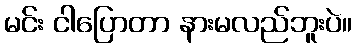
မင်း ငါပြောတာ နားမလည်ဘူးပဲ။